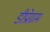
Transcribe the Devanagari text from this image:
डीप्रोग्राम